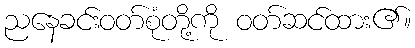
ညနေခင်းဝတ်စုံတို့ကို ဝတ်ဆင်ထား၏။